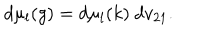
LaTeX: d \mu _ { l } ( g ) = d \mu _ { l } ( k ) ~ d v _ { 2 1 } .